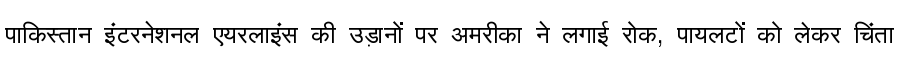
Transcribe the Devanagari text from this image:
पाकिस्तान इंटरनेशनल एयरलाइंस की उड़ानों पर अमरीका ने लगाई रोक, पायलटों को लेकर चिंता